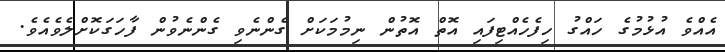
އެއްވެ އުޅުމުގެ ހައްގު ހިފެހެއްޓިފައި އޮތް އޮތުން ނިމުމަކަށް ގެންނެވި ގެންނެވުން ފާހަގަކޮށްލެވެއެވެ.